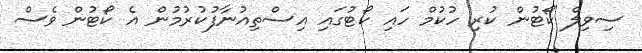
ސިވިލް ކޯޓުން ކުރި ހުކުމް ހައި ކޯޓުގައި އިސްތިއުނާފުކުރުމުން އެ ކޯޓުން ވެސް